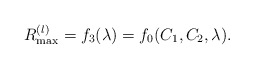
\begin{align*}&R_{\max}^{(l)}=f_3(\lambda)=f_0(C_1,C_2,\lambda).\end{align*}